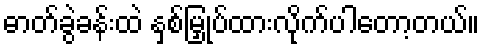
ဓာတ်ခွဲခန်းထဲ နှစ်မြှုပ်ထားလိုက်ပါတော့တယ်။